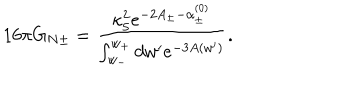
1 6 \pi G _ { N \pm } = \frac { \kappa _ { 5 } ^ { 2 } e ^ { - 2 A _ { \pm } - \alpha _ { \pm } ^ { ( 0 ) } } } { \int _ { w _ { - } } ^ { w _ { + } } d w ^ { \prime } e ^ { - 3 A ( w ^ { \prime } ) } } .